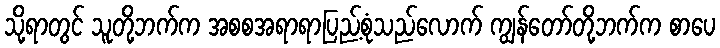
သို့ရာတွင် သူတို့ဘက်က အစစအရာရာပြည့်စုံသည်လောက် ကျွန်တော်တို့ဘက်က စာပေ